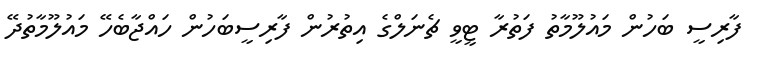
ފާރިސީ ބަހުން މައުލޫމާތު ފަތުރާ ޓީވީ ޗެނަލްގެ އިތުރުން ފާރިސީބަހުން ހައްޖާބެހޭ މައުލޫމާތުދޭ